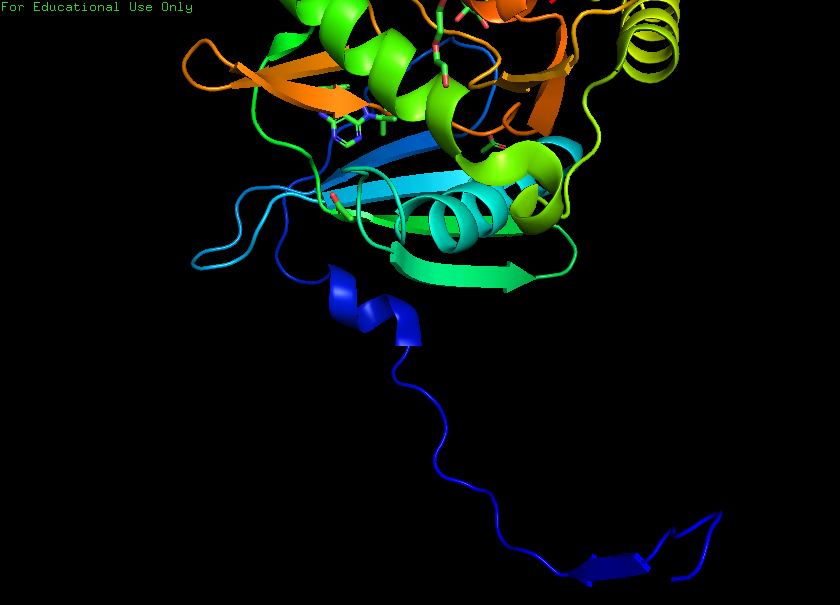
pymol, preset, pretty